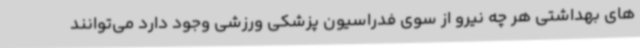
های بهداشتی هر چه نیرو از سوی فدراسیون پزشکی ورزشی وجود دارد می‌توانند